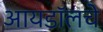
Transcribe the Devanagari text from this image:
आयडॉलचे